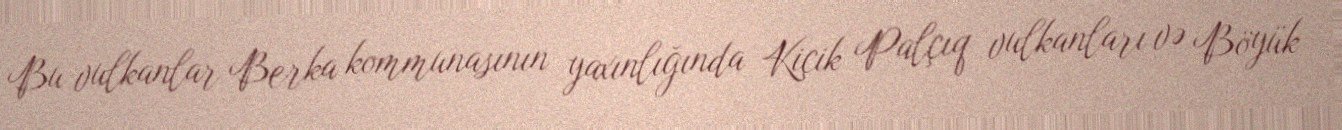
Bu vulkanlar Berka kommunasının yaxınlığında Kiçik Palçıq vulkanları və Böyük